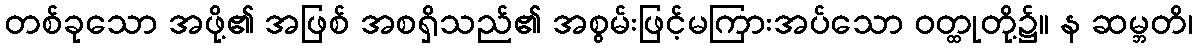
တစ်ခုသော အဖို့၏ အဖြစ် အစရှိသည်၏ အစွမ်းဖြင့်မကြားအပ်သော ဝတ္ထုတို့၌။ န ဆမ္ဘတိ၊